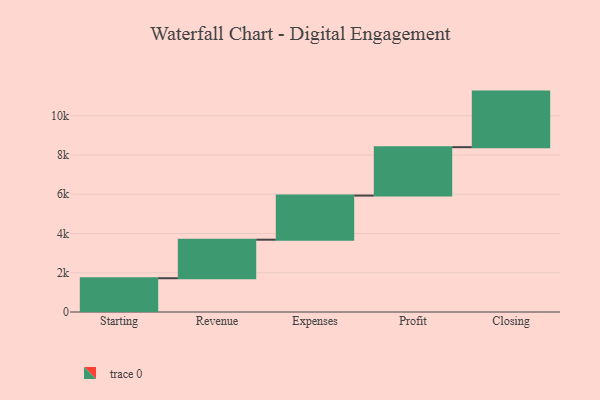
{"axis": {"x": "Step", "y": "Value"}, "legend": [""], "data": [{"x": "Starting", "y": 1720.0, "type": ""}, {"x": "Revenue", "y": 1964.0, "type": ""}, {"x": "Expenses", "y": 2248.0, "type": ""}, {"x": "Profit", "y": 2466.0, "type": ""}, {"x": "Closing", "y": 2831.0, "type": ""}]}